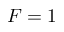
F = 1